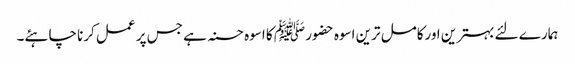
ہمارے لئے بہترین اورکامل ترین اسوہ حضور ﷺ کا اسوہ حسنہ ہے جس پر عمل کرنا چاہئے۔